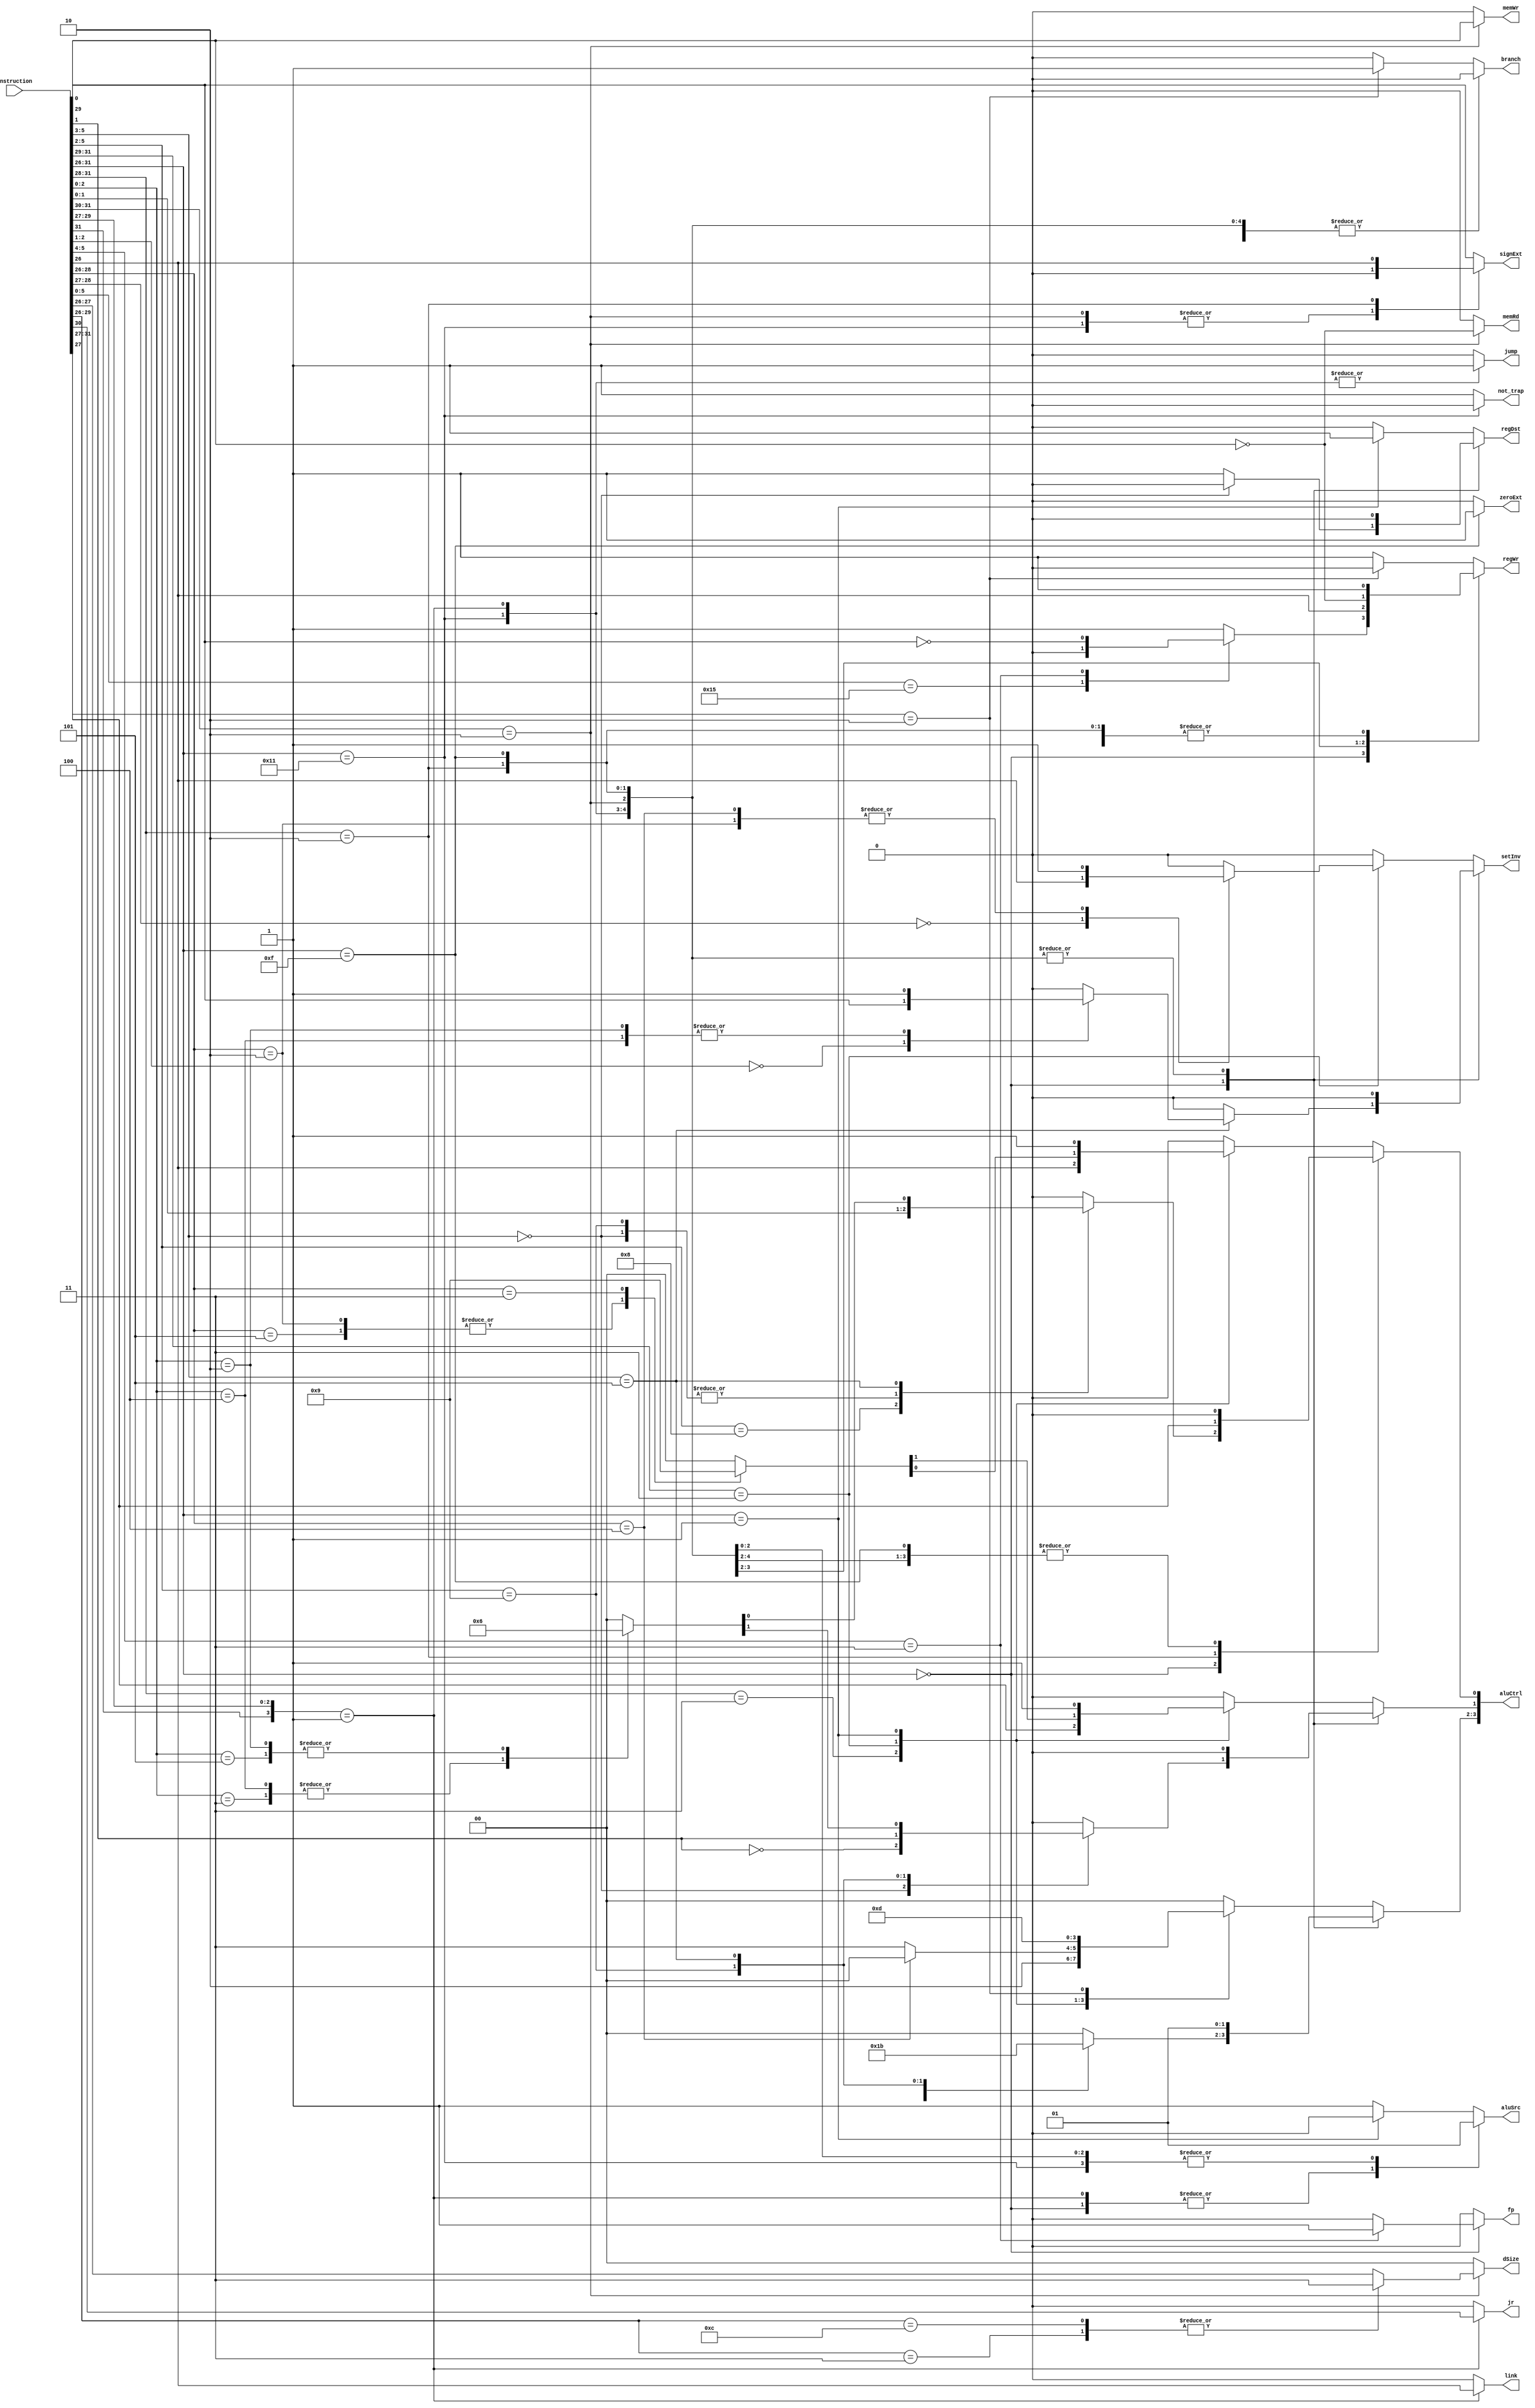
//
//
//
// control
//
// TODO: floating point and mul/mulu aluCtrl
//

module control (instruction, aluCtrl, aluSrc, setInv, regDst, memRd, memWr, regWr, branch, jr, jump, link, dSize, signExt, zeroExt, fp, not_trap);

    // Interface
    input [31:0] instruction;
    output regDst, memRd, memWr, regWr, branch, jr, jump, link, setInv, aluSrc, signExt, zeroExt,fp;
    output [3:0] aluCtrl;
    output [1:0] dSize;
    output not_trap;


    // Internal Signals
    reg [5:0] opcode;
    reg [5:0] func;
    reg regDst, memRd, memWr, regWr, branch, jr, jump, link, setInv, aluSrc, signExt, zeroExt, fp;
    reg [3:0] aluCtrl;
    reg [1:0] dSize;
    reg not_trap;
    

    always @ (instruction) begin
    
    // initialize outputs
    aluCtrl = 4'b0000;
    setInv = 0;
    aluSrc = 1;
    regDst = 0;
    memRd = 0;
    memWr = 0;
    regWr = 1;
    branch = 0;
    jr = 0;
    jump = 0;
    link = 0;
    dSize = 2'b00;
    signExt = instruction[0]; // == 1 when unsigned
    zeroExt = 0;
    fp = 0;
    
    opcode = instruction [31:26];
    func = instruction [5:0];
    not_trap = 1;
    
        
   //// for alu operations, sets signals aluCtrl, setInv, and aluSrc ////
        casex(opcode)
            6'b010001 : begin //TRAP
                not_trap = 0;
                aluCtrl = 4'b0100;
                jump = 1;
                signExt = 0;
            end
            6'b000000 : begin // R - Type Insructions
                regDst = 1;
                aluSrc = 0;
                casex(func) 
                    6'b000???: begin // shift 
                        regDst = 0;
                        aluCtrl[3:2] = 2'b00;
                        aluCtrl[1] = ~func[1];
                        aluCtrl[0] = func[0];
                    end
                    6'b1000?? : begin //add, addu, sub, subu
                        aluCtrl[3:1] = 3'b010;
                        aluCtrl[0] = func[1];
                    end
                    6'b1001?? : begin // bitwise
                        aluCtrl[3:2] = 2'b10;
                        aluCtrl[1] = func[1];
                        aluCtrl[0] = func[0];
                    end
                    6'b101??? : begin // set 
                        aluCtrl[3:2] = 2'b11;
                        casex(func[2:0])
                            3'b00? : begin // seq, sne
                                aluCtrl[1:0] = 2'b00; 
                                setInv = func[0];
                            end
                            3'b011 : aluCtrl[1:0] = 4'b01; // sgt       
                            3'b100 : begin // sle
                                aluCtrl[1:0] = 4'b01;
                                setInv = 1;
                            end
                            3'b101 : aluCtrl[1:0] = 4'b10; // sge   
                            3'b010 : begin // slt
                                aluCtrl[1:0] = 4'b10;
                                setInv = 1;
                            end
                        endcase
                    end
                    6'b010101 : regWr = 0; // nop
                    6'b11???? : begin // fp instructions
                        regWr = ~func[0];           // only write to regfile for movfp2i - write busFP
                        fp = 1;                     // write to fp = ~regWr && fp for movi2pf (write aluRes (busA))
                        regDst = 1;
                        aluSrc = 0;
                    end
                endcase // func
          //  $display("--opcode=%b aluCtrl=%b aluSrc=%b setInv=%b regDst=%b--", opcode, aluCtrl, aluSrc, setInv, regDst);
            end // end R - Type 
            
            6'b0?001? : begin // J - Type Instructions + I - type jump instructions
                aluCtrl = 4'b0100;
                regWr = opcode[0];
                jump = 1;
                jr = opcode[4];
                link = opcode[0];
                aluSrc = 0;
             //   $display("--Jump Instruction: jump=%b jr=%b link=%b--", jump, jr, link);
            end
            
            // I - Type Instructions
            6'b10???? : begin // load, store - does not include lhi
                aluCtrl = 4'b0100;
                regWr = ~opcode[3];
                memWr = opcode[3];
                regDst = 0;
                memRd = regWr;
                dSize = opcode[1:0];
                signExt = 0;
                case(opcode[3:0])
                    // 4'b0101 : signExt = 0;
                    // 4'b0100 : signExt = 0;
                    4'b0011 : dSize = 2'b11;
                    4'b1100 : dSize = 2'b11;
                endcase
             //   $display("--Load/Store: regWr=%b memWr=%b regDst=%b memRd=%b dSize=%b --", regWr, memWr, regDst, memRd, dSize);
            end
            6'b0010?? : begin // addi, subi
                aluCtrl[3:1] = 3'b010;
                signExt = opcode[0];
                aluCtrl[0] = opcode[1];
            end
            6'b001111 : begin // lhi 
                 regDst = 0;
                 aluCtrl = 4'b0100;
                 zeroExt = 1;
            end
            6'b0011?? : begin // bitwisei and lhi
                aluCtrl[3:2] = 2'b10;           //
                aluCtrl[1:0] = opcode[1:0];     //
            end
            6'b0101? : begin // shifti
                aluCtrl[3:2] = 2'b00;
                aluCtrl[0] = opcode[0];
                aluCtrl[1] = ~opcode[1];
            end
            6'b011??? : begin //seti
                aluCtrl[3:2] = 2'b11;
                 casex(opcode[2:0])
                    3'b00? : begin // seqi, snei
                        aluCtrl[1:0] = 4'b00; 
                        setInv = opcode[0];
                    end
                    3'b101 : aluCtrl[1:0] = 4'b10; // sgei
                    3'b010 : begin // slti
                        aluCtrl[1:0] = 4'b10;
                        setInv = 1;
                    end
                    3'b011 : aluCtrl[1:0] = 4'b01; // sgti    
                    3'b100 : begin // slei
                        aluCtrl = 4'b00;
                        setInv = 1;
                    end
                endcase
            end
            6'b000001 : begin // mult, multu
                aluCtrl = 4'b1111;
                aluSrc = 0;
                regDst = 1;
            end
            6'b00010? : begin // beq, bnez
                aluCtrl = 4'b0100;
                regWr = 0;
                branch = 1;
            end
            // 6'b001111 : begin // lhi 
            //     regDst = 0;
            //     aluCtrl = 4'b0100;
            //     zeroExt = 1;
            // end
        endcase
        // $display("--Jump Instruction: jump=%b jr=%b link=%b--", jump, jr, link);
        // $display("--Branch Instruction: branch=%b--", branch);
end
endmodule